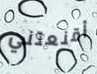
أقنعتني